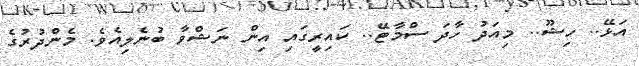
އަޅޭ.. ހިޝޫ.. މިއަދު ހާދަ ސްމާޓޭ.. ކައިރީގައި އިން ނަޝްވާ ބުނެލިއެވެ. މެންދުރުގެ